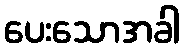
ပေးသောအခါ